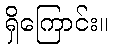
ရှိကြောင်း။